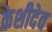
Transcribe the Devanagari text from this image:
केशीदेव